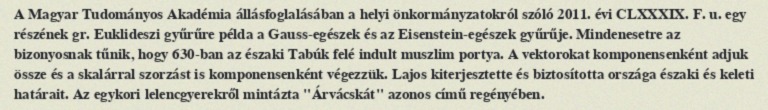
A Magyar Tudományos Akadémia állásfoglalásában a helyi önkormányzatokról szóló 2011. évi CLXXXIX. F. u. egy részének gr. Euklideszi gyűrűre példa a Gauss-egészek és az Eisenstein-egészek gyűrűje. Mindenesetre az bizonyosnak tűnik, hogy 630-ban az északi Tabúk felé indult muszlim portya. A vektorokat komponensenként adjuk össze és a skalárral szorzást is komponensenként végezzük. Lajos kiterjesztette és biztosította országa északi és keleti határait. Az egykori lelencgyerekről mintázta "Árvácskát" azonos című regényében.